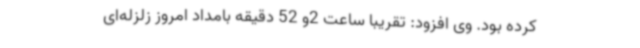
کرده بود. وی افزود: تقریبا ساعت 2و 52 دقیقه بامداد امروز زلزله‌ای